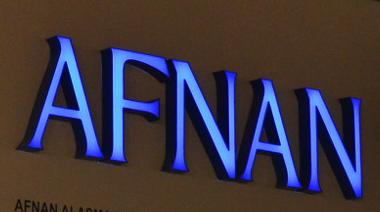
afnan